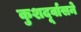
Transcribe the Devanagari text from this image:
कुशदूर्वासने